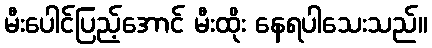
မီးပေါင်ပြည့်အောင် မီးထိုး နေရပါသေးသည်။